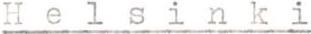
Helsinki